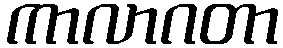
ကာလာဂတာ